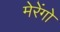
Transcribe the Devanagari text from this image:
मेरेंगो